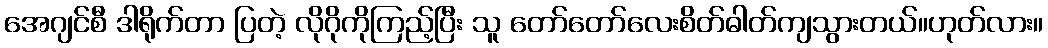
အေဂျင်စီ ဒါရိုက်တာ ပြတဲ့ လိုဂိုကိုကြည့်ပြီး သူ တော်တော်လေးစိတ်ဓါတ်ကျသွားတယ်။ဟုတ်လား။